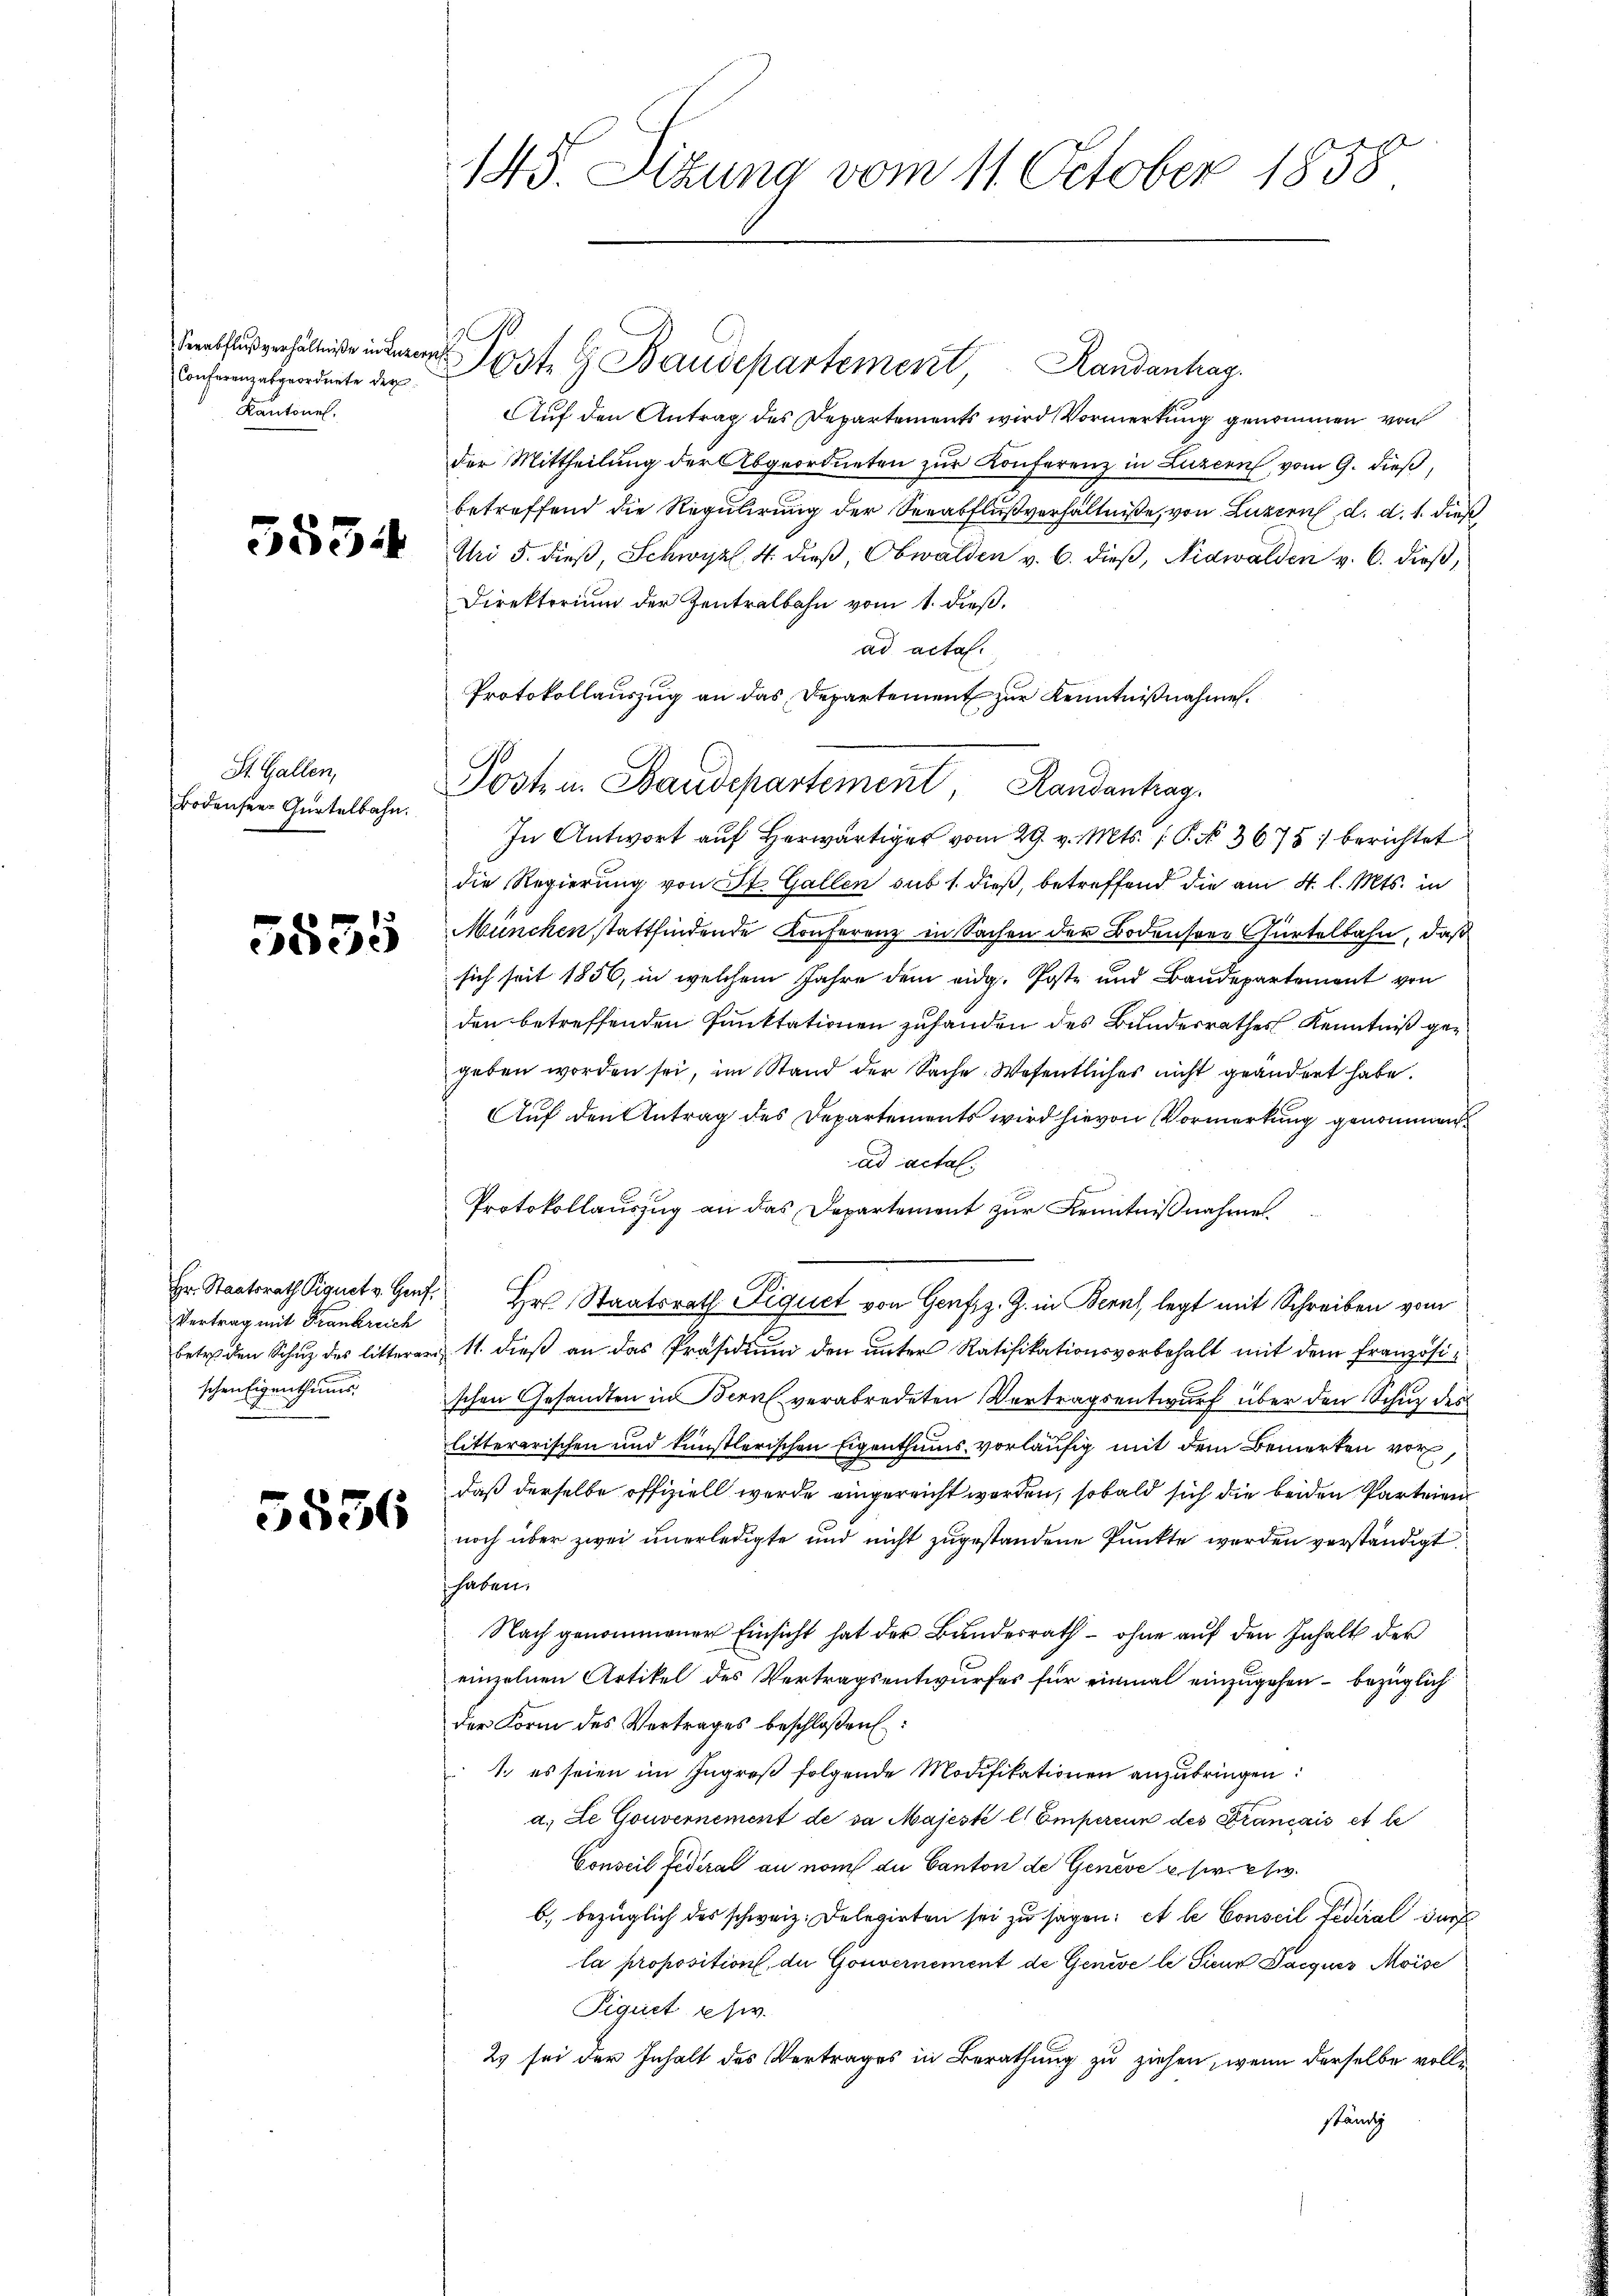
Serabflußverhältniße in Luzer
Conferenz abgeordnete der
Kantonal.

St. Gallen,
Bodenseer Gürtelbahn.

5535

Hr. Staatsrath Piquet v. Genf.
Vertrag mit Frankreich
schen Eigenthums.

5536

145. Sizung vom 11. October 1858

.
oste G. Baudepartement Randantrag.
Auf den Antrag des Departements wird Vormerkung genommen von
der Mittheilung der Abgeordneten zur Konferenz in Luzern vom 9. dieß,
betreffend die Regulirung der Seeabflußverhältniße, von Luzern d. d. 1. dieß
 Ali 5. dieβ, Schwyzl. 4 dieβ, Obwalden v. 6. dieβ, Nidwalden v. 6. dieß,
Direktorium der Zentralbahn vom 1. dieß.
ad acta.
Protokollauszug an das Departement zur Kenntnißnahme.
Posta. Baudepartement, Randenhag
In Antwort aŭf herwärtiger vom 29. v. Mts. 1. P. No 3675 : berichtet
die Regierung von St. Gallen sub 1. dieß, betreffend die am 4. l. Mts. in
.
München stattfindende Konferenz in Sachen der Bodensrer Gürtelbahn, daß
sich seit 1856, in welchem Jahre dem eidg. Poste und Baudepartement von
den betreffenden Punktationen zufanden des Bundesrathes Kenntniß gegeben worden sei, im Stand der Sache Wesentliches nicht geändert habe.
AAuf den Antrag des Departements wird hievon Vormerkung genommen
ad actal.
Protokollauszug an das Departement zur Kenntnißnahme.
Hr. Staatsrath Piquet von Genfiz. Z. in Bern, legt mit Schreiben vom
betr. den Schuz des litteren 11. dieß an das Präsidium den unter Ratifikationsvorbehalt mit dem französischen Gesandten in Bern verabredeten Vertragsentwurf über den Schuz des
litterarischen und künstlerischen Eigenthums vorläufig mit dem Bemerken vor,
daß derselbe offiziell werde eingereicht worden, sobald sich die beiden Parteien
noch über zwei unerledigte und nicht zugestandene Punkte werden verständigt.
haben.
Nach genommener Einsicht hat der Bundesrath – ohne auf den Inhalt der
einzelnen Artikel des Vertragsentwurfes für einmal einzugehen – bezüglich
der Form des Vertrages beschloßen:
1. es seien im Ingreß folgende Modifikationen anzubringen:
a. Le Gouvernement de da Majesté l Emperinn des Français et le
Conseil Federal an nom du Canton de Genève u. s. w.
b. bezüglich des schweiz. Delegirten sei zu sagen: et le Conseil Federal dur
la proposition de Gouvernement de Genève le Sieur Jacques Moise
Piguet usw.
2 sei der Inhalt des Vertrages in Berathung zu ziehen, wenn derselbe volleständig